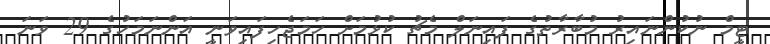
ޓީމް ނުކުންނައިރު މުބާރާތުގެ ފައިނަލް މެޗު ކުޅުމަށް ހަމަޖެހިފައިވަނީ އަންނަމަހުގެ 29 ވަނަ